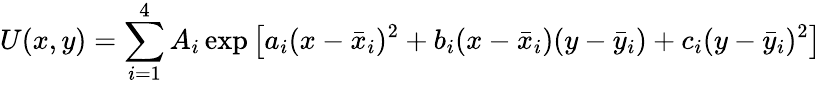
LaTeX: U(x,y)=\sum_{i=1}^{4}A_{i}\exp\left[a_{i}(x-\bar{x}_{i})^{2}+b_{i}(x-\bar{x}_{i})(y-\bar{y}_{i})+c_{i}(y-\bar{y}_{i})^{2}\right]